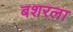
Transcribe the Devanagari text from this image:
बशरला